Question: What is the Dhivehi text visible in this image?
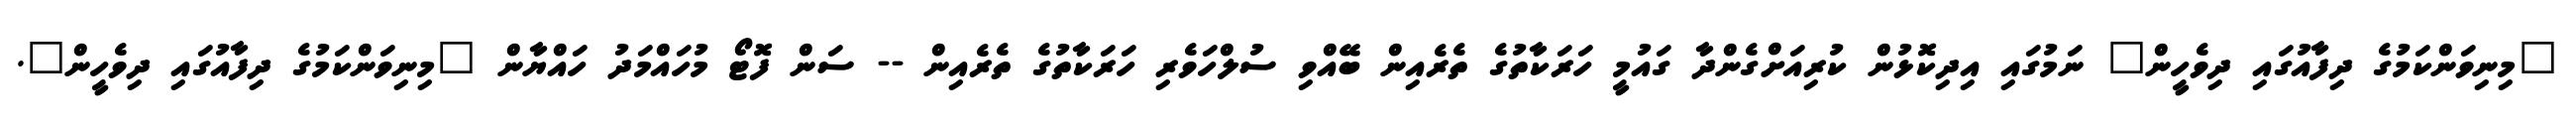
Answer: "މިނިވަންކަމުގެ ދިފާއުގައި ދިވެހީން" ނަމުގައި އިދިކޮޅުން ކުރިއަށްގެންދާ ގައުމީ ހަރަކާތުގެ ތެރެއިން ބޭއްވި ސުލްހަވެރި ހަރަކާތުގެ ތެރެއިން -- ސަން ފޮޓޯ މުހައްމަދު ހައްޔާން "މިނިވަންކަމުގެ ދިފާއުގައި ދިވެހީން".